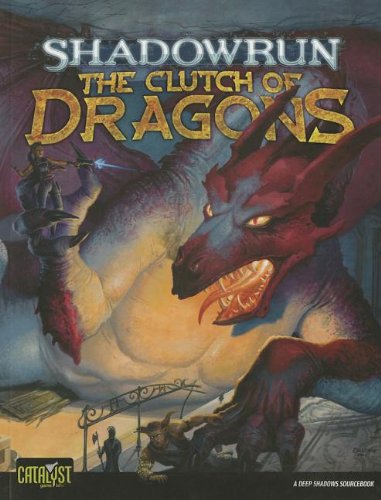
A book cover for Shadowrun Clutch of Dragons; Catalyst Game Labs; Science Fiction & Fantasy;